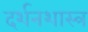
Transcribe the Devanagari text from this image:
दर्शनशास्‍त्र